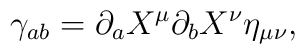
\gamma_{ab}=\partial_{a}X^{\mu}\partial_{b}X^{\nu}\eta_{\mu\nu},